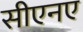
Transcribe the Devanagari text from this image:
सीएनए